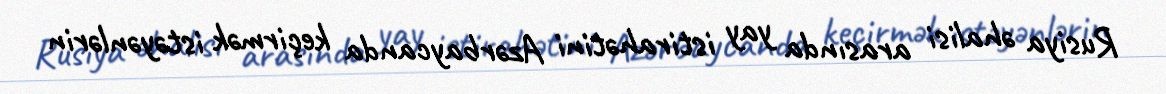
Rusiya əhalisi arasında yay istirahətini Azərbaycanda keçirmək istəyənlərin